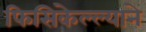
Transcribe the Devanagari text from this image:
फिसिकेल्ल्याने